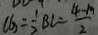
C G = \frac { 1 } { 2 } B l = \frac { 4 - m } { 2 }